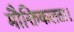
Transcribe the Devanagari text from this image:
मौक्तिकलता।